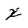
Character: x